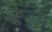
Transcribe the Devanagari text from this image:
अंगे्रजो